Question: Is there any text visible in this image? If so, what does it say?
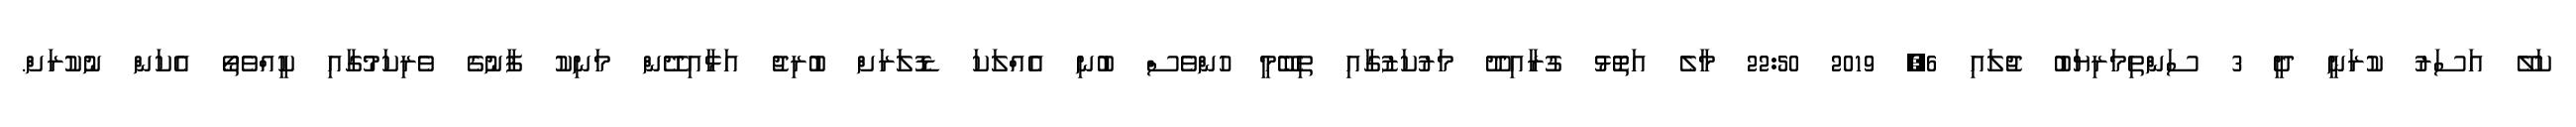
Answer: ކަލޭ އަސަރު ކުރަނީ ދީ 3 ސަންތިމަރިޔަބު ޖުލައި 6, 2019 22:50 މާލެ އަތޮޅު ގުރާއިދޫ މަރުކަޒުގާއި ތިބޭމީ ހުންވެސް ބުނި އެއްލަކަ ޑޮލަރަށް ބުރިޖު އަޅާއިދޭން މަނިކު ފާނުގެ ވެރިކަމުގާއި ކީއްވެތޯ އެކަން ނުކުރަށް.